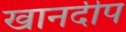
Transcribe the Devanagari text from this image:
खानदीप